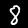
Label: 8